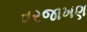
વરજાખણ